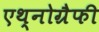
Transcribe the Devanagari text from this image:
एथ्नोग्रैफी